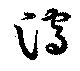
瀉